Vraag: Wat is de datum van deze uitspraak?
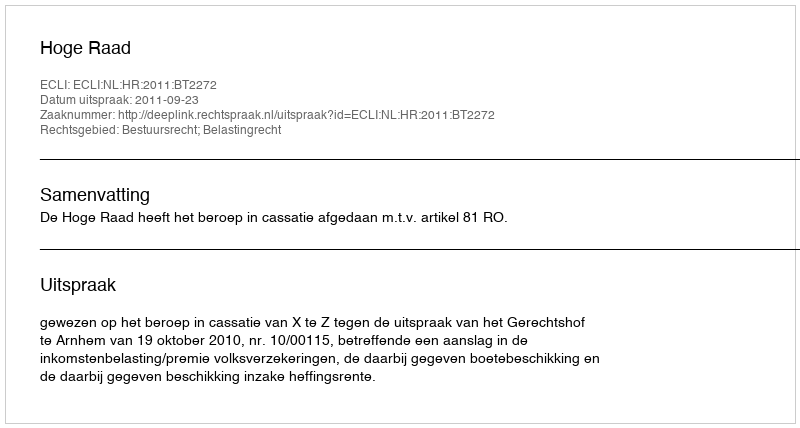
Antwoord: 2011-09-23